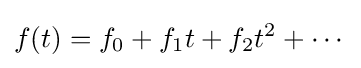
f(t)=f_{0}+f_{1}t+f_{2}t^{2}+\cdots